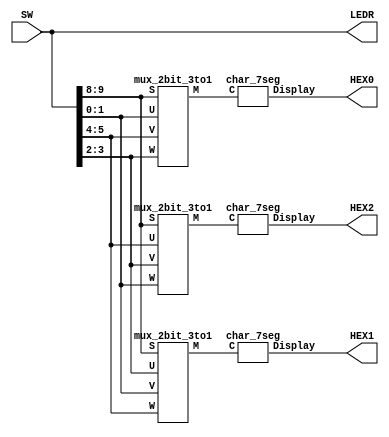
module lab2p4(SW, LEDR, HEX0,HEX1,HEX2);
input [9:0] SW; // slide switches
output [9:0] LEDR; // red lights
output [6:0] HEX0; // 7-seg display
output [6:0] HEX1;
output [6:0] HEX2;
wire [1:0] M0;
wire [1:0] M1;
wire [1:0] M2;
mux_2bit_3to1 U0 (SW[9:8], SW[1:0], SW[5:4], SW[3:2], M0);
char_7seg H0 (M0, HEX0);

mux_2bit_3to1 U1 (SW[9:8], SW[3:2], SW[1:0], SW[5:4], M1);
char_7seg H1 (M1, HEX1);

mux_2bit_3to1 U2 (SW[9:8], SW[5:4], SW[3:2], SW[1:0], M2);
char_7seg H2 (M2, HEX2);
assign LEDR=SW;

endmodule

// implements a 2-bit wide 3-to-1 multiplexer
module mux_2bit_3to1 (S, U, V, W, M);
input [1:0] S, U, V, W;
output [1:0] M;
assign M[0] = ((~S[0]&~S[1])&U[0]|(~S[0]&S[1])&V[0]|(S[0]&~S[1])&W[0]);
assign M[1] = ((~S[0]&~S[1])&U[1]|(~S[0]&S[1])&V[1]|(S[0]&~S[1])&W[1]);
endmodule

// implements a 7-segment decoder for 2, 5, 3 and blank
module char_7seg (C, Display);
input [1:0] C; // input code
output [6:0] Display; // output 7-seg code
wire c0,c1;
assign c0=C[0];
assign c1=C[1];
assign Display[0]=c1&c0;
assign Display[1]=c0;
assign Display[2]=(c1&c0|~c1&~c0);
assign Display[3]=c1&c0;
assign Display[4]=c1|c0;
assign Display[5]=c1|(~c0);
assign Display[6]=c1&c0;
endmodule